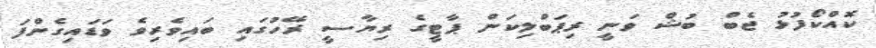
ކޮއްކޯފުޅު ޖެބް ބުޝް ވަނީ ރިޕަބްލިކަން ޕާޓީގެ ރިޔާސީ ރޭހުގައި ބައިވެރިވެ ވަޑައިގެންފަ